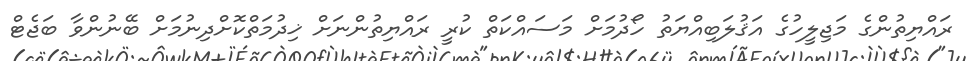
ރައްޔިތުންގެ މަޖިލީހުގެ އަޤުލަބިއްޔަތު ހޯދުމަށް މަސައްކަތް ކުރީ ރައްޔިތުންނަށް ޚިދުމަތްކޮށްދިނުމަށް ބޭނުންވާ ބަޖެޓް